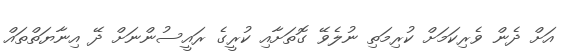
އަށް ދެން ވެރިކަމަށް ކުރިމަތި ނުލެވޭ ގޮތަށާއި ކުރީގެ ރައީސުންނަށް ދޭ އިނާޔަތްތައް